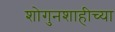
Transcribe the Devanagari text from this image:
शोगुनशाहीच्या